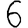
Digit: 6